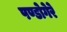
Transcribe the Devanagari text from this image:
पण्डोगेरे